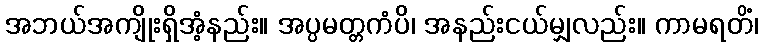
အဘယ်အကျိုးရှိအံ့နည်း။ အပ္ပမတ္တကံပိ၊ အနည်းငယ်မျှလည်း။ ကာမရတိံ၊